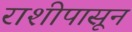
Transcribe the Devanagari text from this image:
राशीपासून